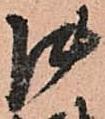
御